Election expenses, 1925, 1925
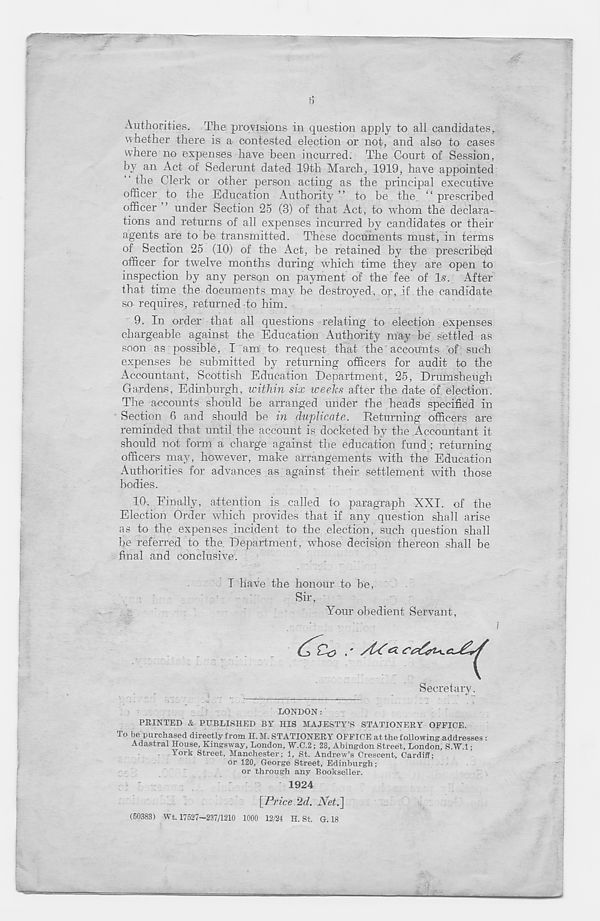
Authorities. The provisions in question apply to all candidates f
whether there is a contested election or not, and also to cases
where no expenses have been incurred. The Court of Session,
by an Act of Sederunt dated 19th March, 1919, have appointed
the Clerk or other person acting as the principal executive
officer to the Education Authority ” to be the “ prescribed
officer ” under Section 25 (3) of that Act, to whom the declara-
tions and returns of all expenses incurred by candidates or their
agents are to be transmitted. These documents must, in terms
of Section 25 (10) of the Act, be retained by the prescribejd
officer for twelve months during which time they are open to
inspection by any person on payment of the fee of Is. After
that time the documents may be destroyed, or, if the candidate
so requires, returned to him.
9. In order that all questions relating to election expenses
chargeable against the Education Authority may be settled as
soon as possible, I am; to request that the accounts of such
expenses be submitted by returning officers for audit to the
Accountant, Scottish Education Department, 25, Drumsheugh
Gardens, Edinburgh, within six weeks after the date of election.
The accounts should be arranged under the heads specified in
Section 6 and should be in duplicate. Returning officers are
reminded that until the account is docketed by the Accountant it
should not form a charge against the education fund; returning
officers may, however, make arrangements with the Education
Authorities for advances as against their settlement with those
bodies.
10. Finally, attention is called to paragraph XXI. of the
Election Order which provides that if any question shall arise
as to the expenses incident to the election, such question shall
be referred to the Department, whose decision thereon shall be
final and conclusive.
I have the honour to be,
Sir,
Your obedient Servant,
Secretary.
LONDON:
PRINTED & PUBLISHED BY HIS MAJESTY’S STATIONERY OFFICE.
To be purchased directly from H.M. STATIONERY OFFICE at the following addresses :
Adastral House, Kingsway, London, W.C.2; 28, Abingdon Street, London, S.W.l;
York Street, Manchester; 1, St. Andrew’s Crescent, Cardiff;
Or 120, George Street, Edinburgh;
or through any Bookseller.
1924
[Price 2d. Net.~\
(50383) Wt. 17527-237/1210 1000 12/24 H. St. G. 18